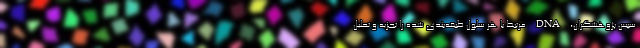
سپس پژوهشگران، DNA مرتبط با هر سلول طبقه‌بندی شده را تجزیه و تحلیل